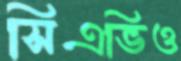
সিএভিও